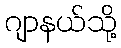
ဂျာနယ်သို့